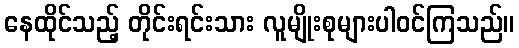
နေထိုင်သည့် တိုင်းရင်းသား လူမျိုးစုများပါဝင်ကြသည်။